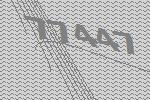
77447